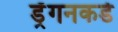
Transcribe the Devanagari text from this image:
ड्रॅगनकडे